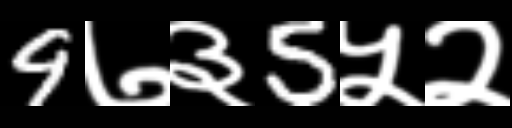
Text: 9७३5५२